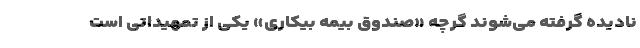
نادیده گرفته می‌شوند گرچه «صندوق بیمه بیکاری» یکی از تمهیداتی است